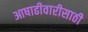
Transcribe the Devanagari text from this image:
आषाढीवारीसाठी